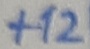
Text: +12